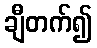
ချီတက်၍